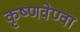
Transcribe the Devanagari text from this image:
कृष्णवेण्वा